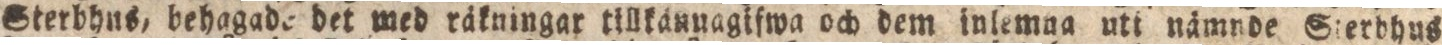
Sterbhus, behagade det med räkningar tillkännagifwa och dem inlemna uti nämnde Sterbhus